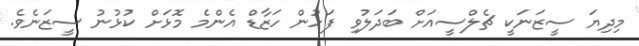
މިދިޔަ ސީޒަނަކީ ޗެލްސީއަށް ބަދަލުވި ފަހުން ހަޒާޑް އެންމެ މޮޅަށް ކުޅުނު ސީޒަނެވެ.